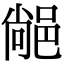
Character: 𨜂